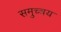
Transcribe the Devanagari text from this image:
समुच्‍चय